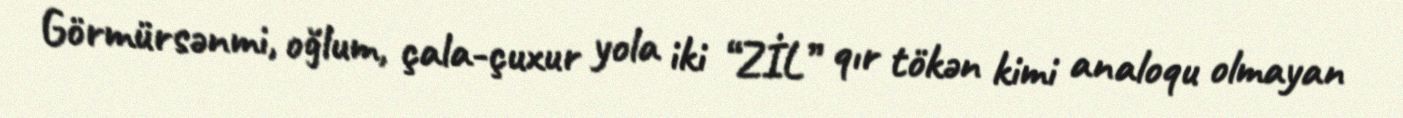
Görmürsənmi, oğlum, çala-çuxur yola iki “ZİL” qır tökən kimi analoqu olmayan